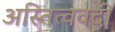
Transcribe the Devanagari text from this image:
अस्तित्ववदी